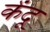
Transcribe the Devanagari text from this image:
केंदू